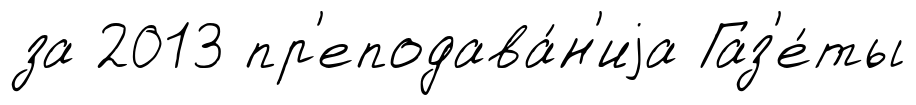
за 2013 пр'еподава́н'иjа Газ'е́ты